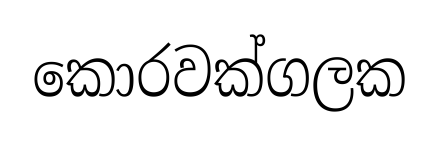
කොරවක්ගලක